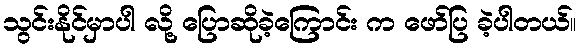
သွင်းနိုင်မှာပါ လို့ ပြောဆိုခဲ့ကြောင်း က ဖော်ပြ ခဲ့ပါတယ်။